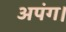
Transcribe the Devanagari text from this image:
अपंग।